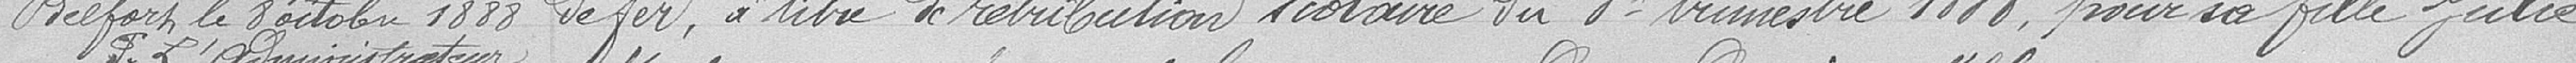
de fer, à titre de rétribution scolaire du 3è trimestre 1888, pour sa fille Julie